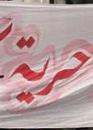
حريت